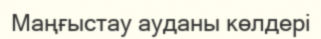
Маңғыстау ауданы көлдері